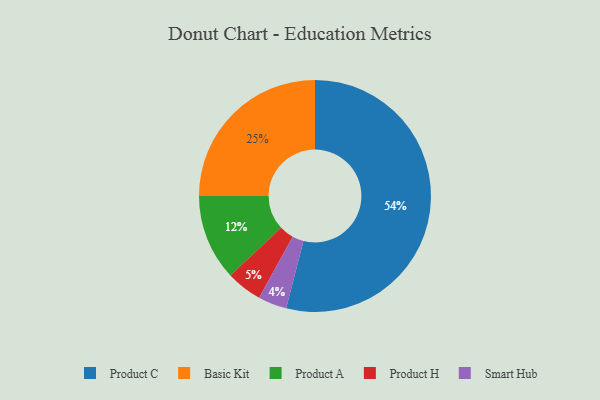
{"axis": {"x": "Category", "y": "Percentage"}, "legend": ["Basic Kit", "Product A", "Product C", "Product H", "Smart Hub"], "data": [{"x": "Product C", "y": 54, "type": "Product C"}, {"x": "Product H", "y": 5, "type": "Product H"}, {"x": "Smart Hub", "y": 4, "type": "Smart Hub"}, {"x": "Basic Kit", "y": 25, "type": "Basic Kit"}, {"x": "Product A", "y": 12, "type": "Product A"}]}